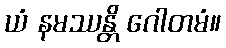
ယံ နမဿန္တိ ဂေါတမံ။